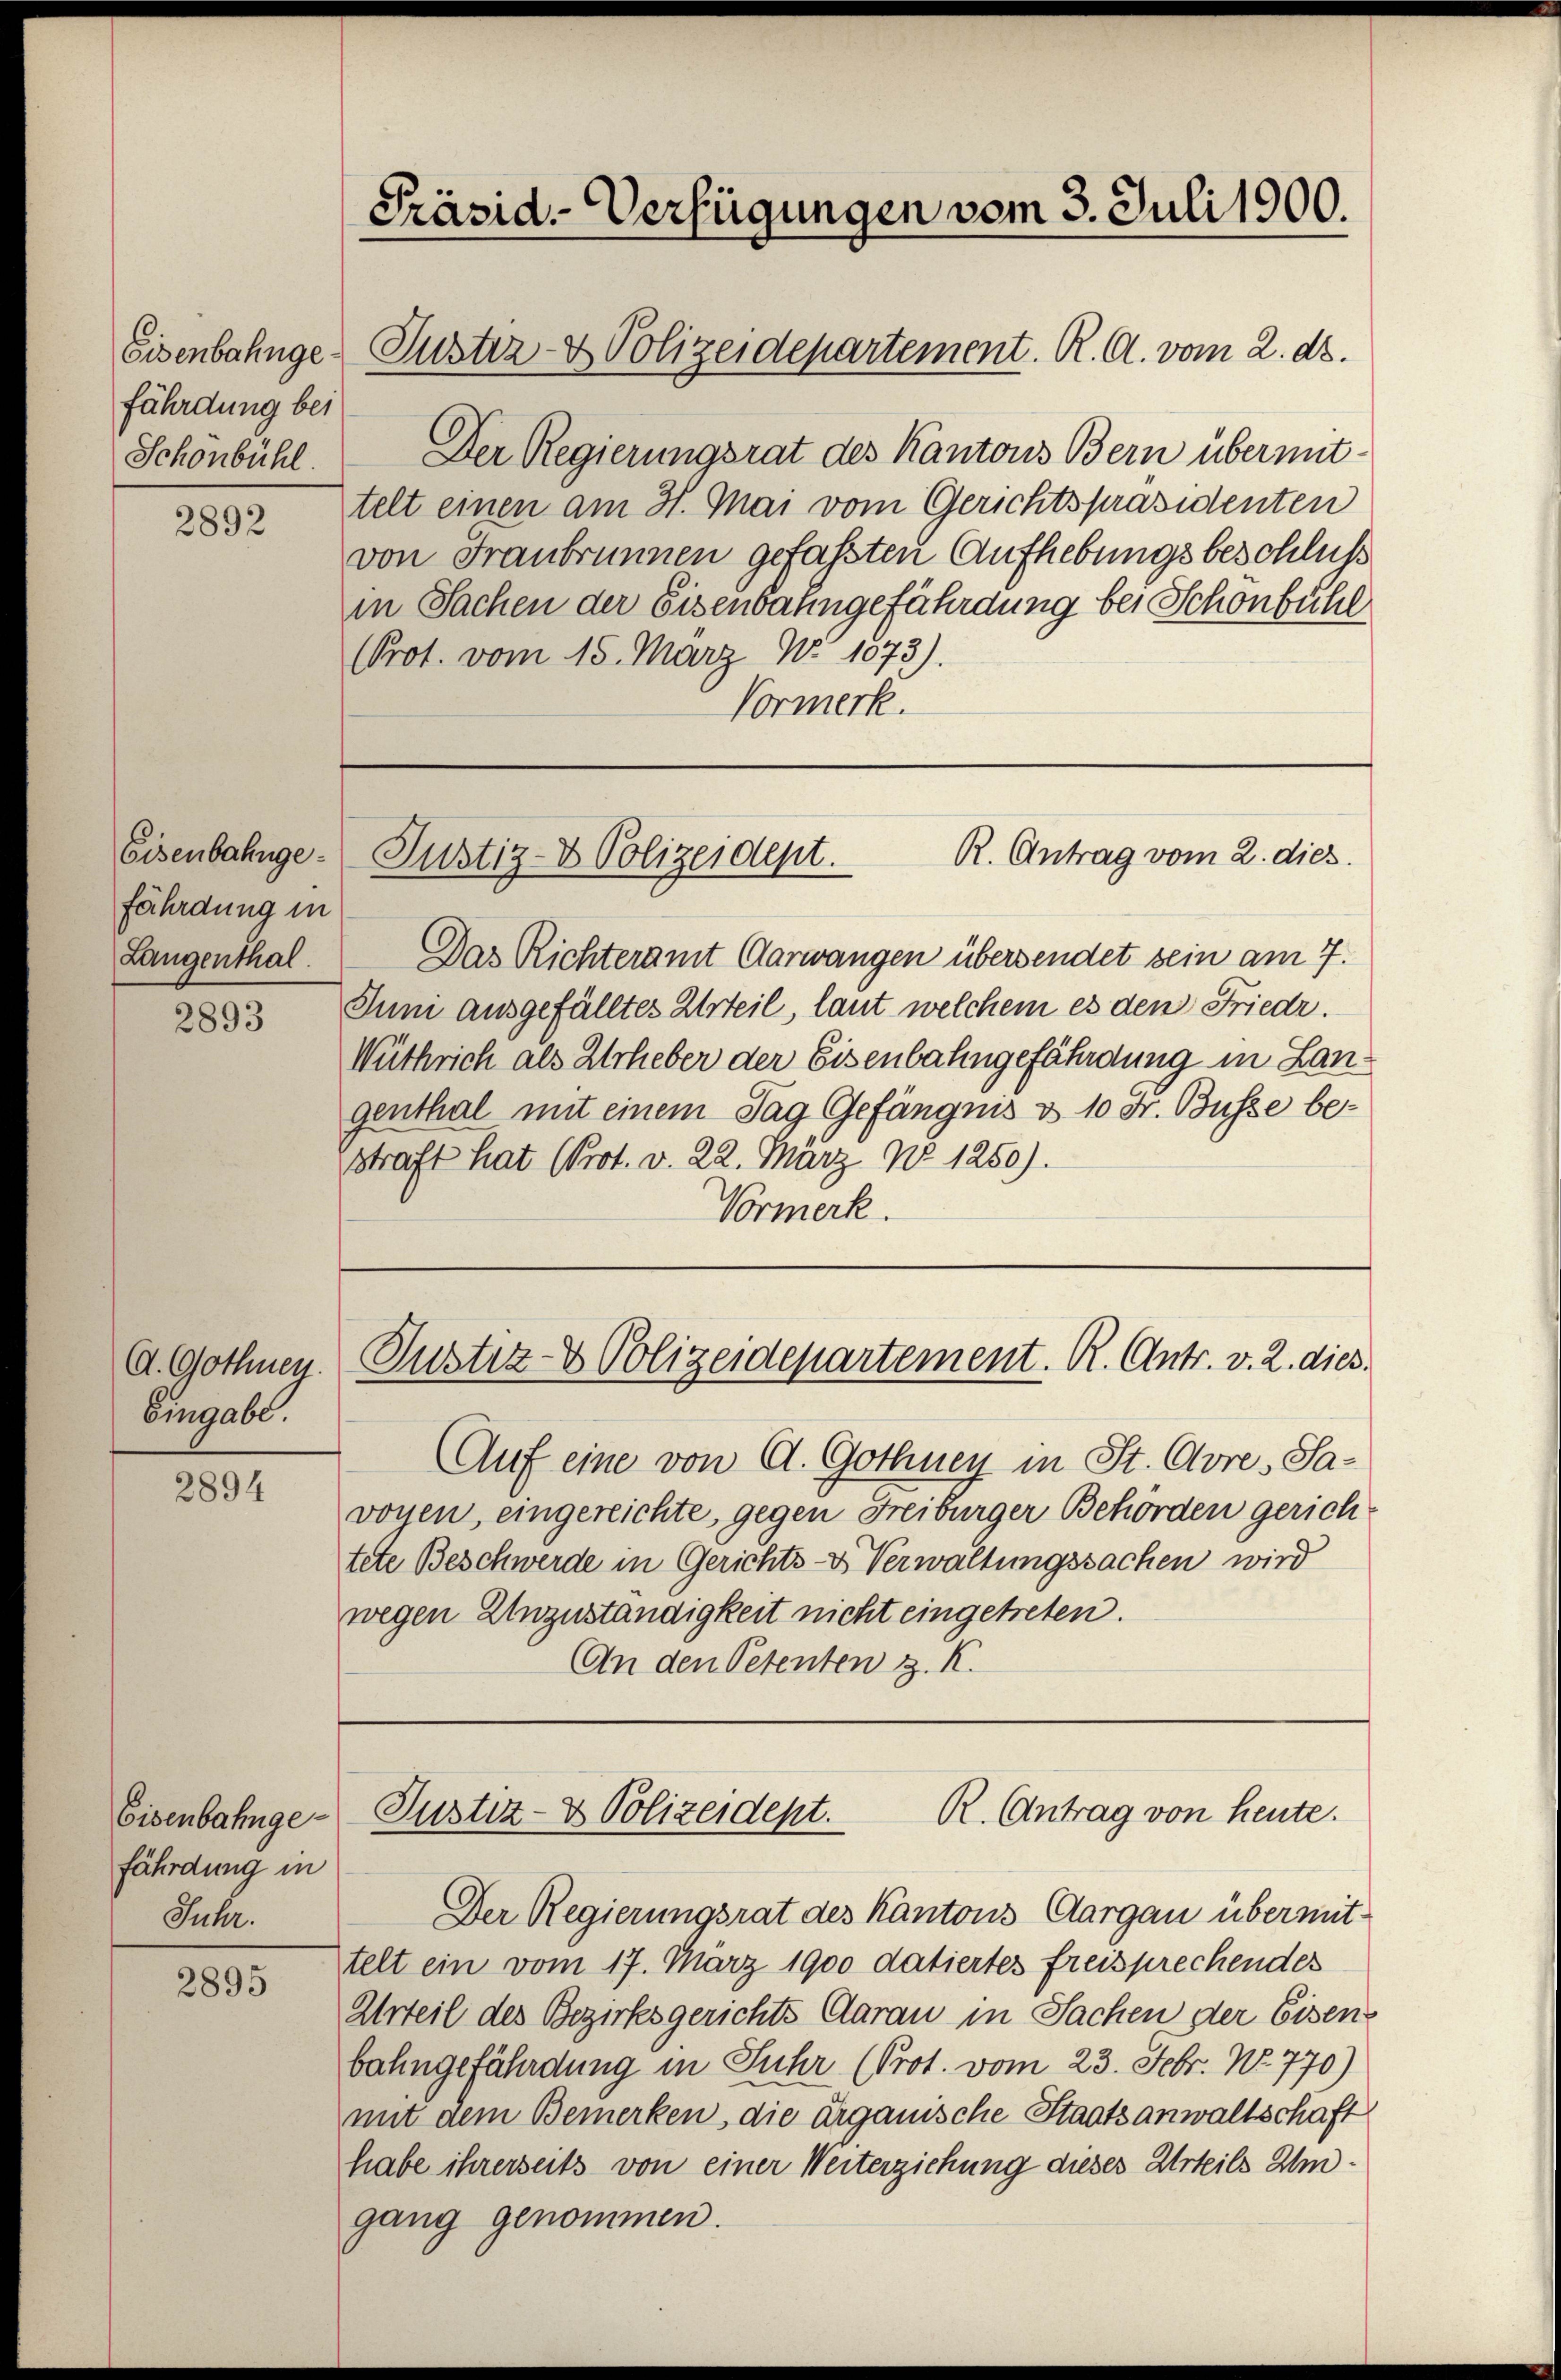
fährdung bei
Schönbühl.

2892

fährdung in
Langenthal.

2893

d. Gothnen.
Eingabe.

2894

Eisenbahngefährdung in
Juhr.

2895

Präsid. Verfügungen vom 3. Juli 1900.

Eisenbahnge Justiz- & Polizeidepartement. R. G. vom 2. d.

Das Richteramt Aarwangen übersendet sein am 7.
Juni ausgefälltes Urteil, laut welchem es den Friedr.
Wüthrich als Urheber der Eisenbahngefährdung in Langenthal mit einem Tag Gefängnis v. 10 Fr. Busse be¬
Estraft hat (Prot. d. 22. März No 1250).
Vormerk.

Der Regierungsrat des Kantons Bern übermit-
telt einen am 31. Mai vom Gerichtspräsidenten
von Franbrunnen gefassten Aufhebungsbeschluß
in Sachen der Eisenbahngefährdung bei Schönbühl
(Prot. vom 15. März No. 1073).
Vormerk.

R. Antrag vom 2. dies
Eisenbahnge- Justiz- & Polizeidept.

Justiz- & Polizeidepartement. R. Antr. v. 2. dies

Auf eine von A. Gothney in St. Ovre, Sa-
voyen, eingereichte, gegen Freiburger Behörden gerich
tete Beschwerde in Gerichts- & Verwaltungssachen wird
wegen Unzuständigkeit nicht eingetreten.
An den Petenten z. K.

R. Antrag von heute.
Justiz- & Polizeidept.

Der Regierungsrat des Kantons Aargau übermittelt ein vom 17. März 1900 datiertes freisprechendes
Urteil des Bezirksgerichts Aarau in Sachen der Eisen-
bahngefährdung in Fuhr (Prot. vom 23. Febr. No. 770)
mit dem Bemerken, die erganische Staatsanwaltschaft
habe ihrerseits von einer Weiterziehung dieses Urteils Umgang genommen.